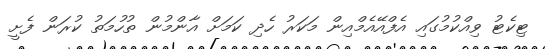
ޓިކެޓު ވިއްކުމުގައި އެފްއޭއެމްއިން މަކަރު ހެދި ކަމަށް އާންމުން ތުހުމަތު ކުރަން ފެށީ